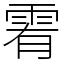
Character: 䨖